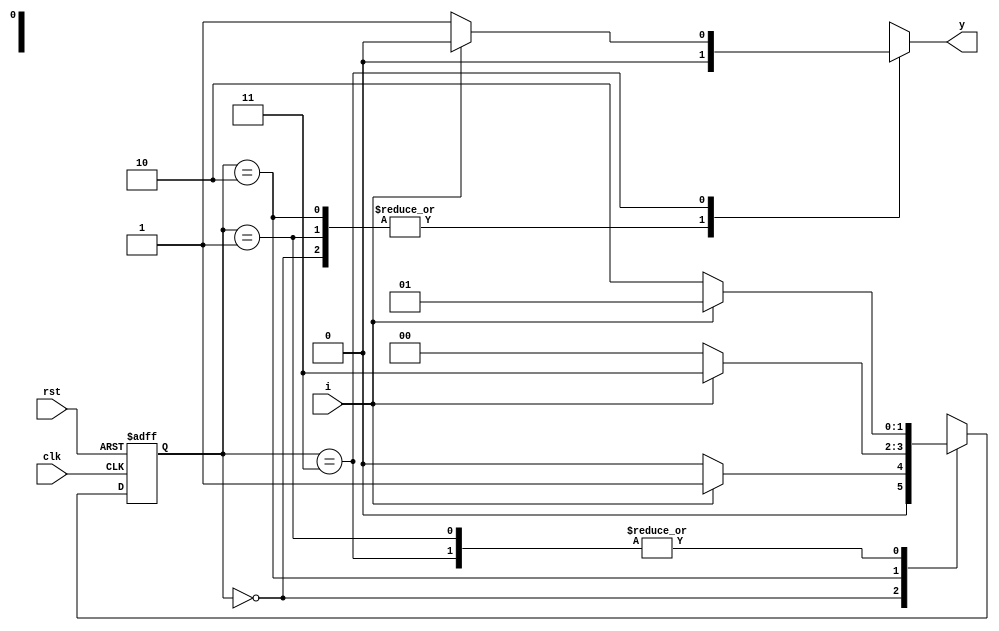
//mealy 1010 overlapping
module mealy(i,clk,rst,y);
  input i,clk,rst;
  output reg y;
  parameter s0=2'b00;
  parameter s1=2'b01;
  parameter s2=2'b10;
  parameter s3=2'b11;
  reg [1:0]cs,ns;
  
  always @(posedge clk,posedge rst)
  begin
    if(rst) cs<=s0;
    else cs<=ns;
  end
  
  always @(cs,i)
  begin
    case(cs)
      s0:begin ns=i?s1:s0; y=0;end
      s1:begin ns=i?s1:s2; y=0;end
      s2:begin ns=i?s3:s0; y=0;end
      s3:begin ns=i?s1:s2; y=i?0:1;end
      default:begin ns=s0; y=0;end
    endcase
  end
endmodule

module mealy_tb;
  reg i,clk,rst;
  wire y;
  mealy FSM1(i,clk,rst,y);
  
  always
  #5 clk=~clk;
  
  initial
  begin
    rst=1;clk=0;i=1;#10;
    
    rst=0;#10;
    i=0;#10;
    i=1;#10;
    i=0;#10;
    i=1;#10;
    i=0;#10;
    #50; $stop;
  end
endmodule